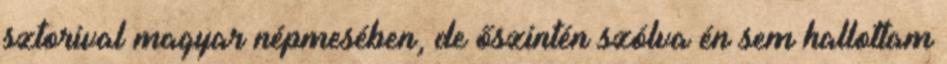
sztorival magyar népmesében, de őszintén szólva én sem hallottam